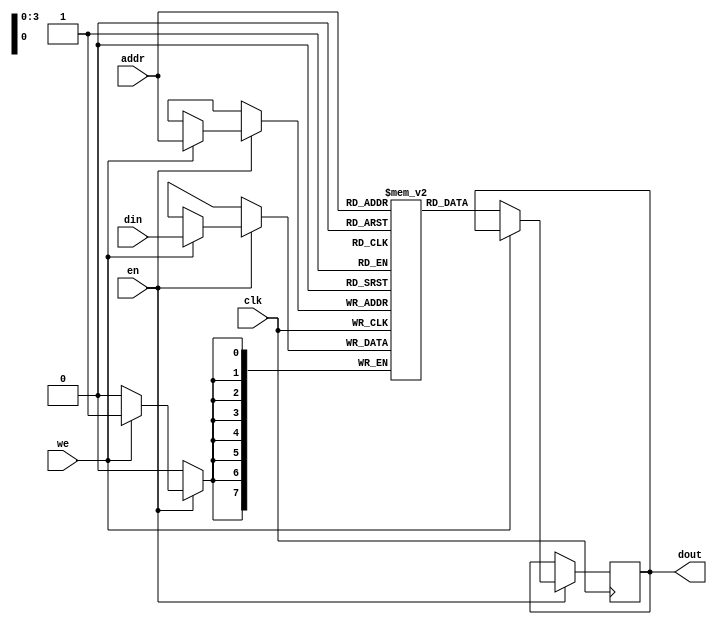
module sram (
    input wire clk,            
    input wire we,             
    input wire en,             
    input wire [3:0] addr,     
    input wire [7:0] din,      
    output reg [7:0] dout     
);
    reg [7:0] mem [0:15];

    always @(posedge clk) begin
        if (en) begin
            if (we) begin
                mem[addr] <= din;
            end else begin
                dout <= mem[addr];
            end
        end
    end
endmodule